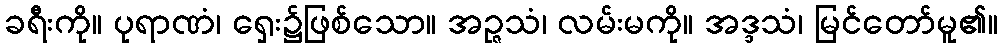
ခရီးကို။ ပုရာဏံ၊ ရှေး၌ဖြစ်သော။ အဉ္ဇသံ၊ လမ်းမကို။ အဒ္ဒသံ၊ မြင်တော်မူ၏။